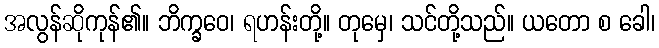
အလွန်ဆိုကုန်၏။ ဘိက္ခဝေ၊ ရဟန်းတို့။ တုမှေ၊ သင်တို့သည်။ ယတော စ ခေါ၊